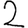
Digit: 2